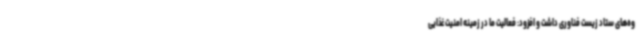
وه‌های ستاد زیست فناوری داشت و افزود: فعالیت ما در زمینه امنیت غذایی